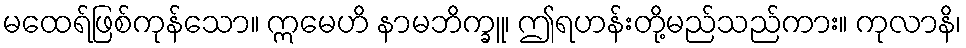
မထေရ်ဖြစ်ကုန်သော။ ဣမေဟိ နာမဘိက္ခူ၊ ဤရဟန်းတို့မည်သည်ကား။ ကုလာနိ၊